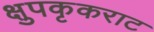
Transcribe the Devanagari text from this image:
क्षुपकृकराट